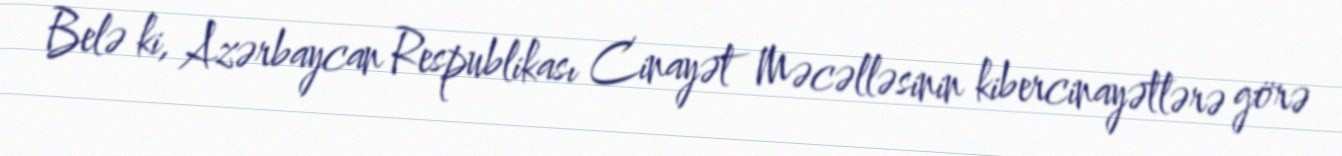
Belə ki, Azərbaycan Respublikası Cinayət Məcəlləsinin kibercinayətlərə görə